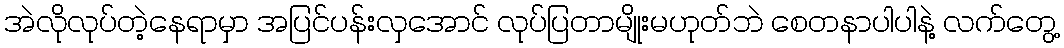
အဲလိုလုပ်တဲ့နေရာမှာ အပြင်ပန်းလှအောင် လုပ်ပြတာမျိုးမဟုတ်ဘဲ စေတနာပါပါနဲ့ လက်တွေ့